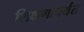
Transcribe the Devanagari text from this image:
शिक्षणापर्यंत